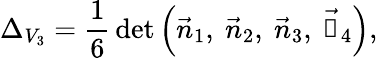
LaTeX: \Delta_{V_{3}}=\frac{1}{6}\, \mathrm{det}\left(\vec{n}_{1},\ \vec{n}_{2},\ \vec{n}_{3},\ \vec{\mathbb{1}}_{4}\right),